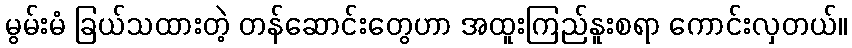
မွမ်းမံ ခြယ်သထားတဲ့ တန်ဆောင်းတွေဟာ အထူးကြည်နူးစရာ ကောင်းလှတယ်။